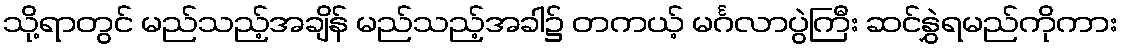
သို့ရာတွင် မည်သည့်အချိန် မည်သည့်အခါ၌ တကယ့် မင်္ဂလာပွဲကြီး ဆင်နွှဲရမည်ကိုကား